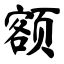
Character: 额